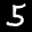
Label: 5